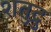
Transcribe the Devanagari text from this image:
शतुद्रु